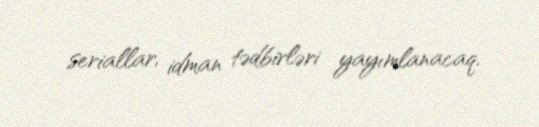
seriallar, idman tədbirləri yayımlanacaq.